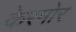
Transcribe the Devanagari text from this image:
केरमोर